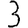
Digit: 3